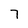
Character: 7